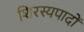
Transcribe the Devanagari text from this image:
शिरस्यपादों